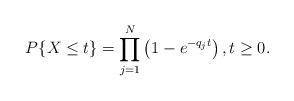
LaTeX: \begin{align*}P\{X \leq t\} = \prod_{j=1}^N \left( 1 - e^{-q_j t} \right),t \geq 0.\end{align*}